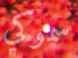
سموكي